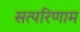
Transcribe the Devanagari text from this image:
सत्परिणाम